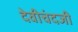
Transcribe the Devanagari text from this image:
देवीचंदजी